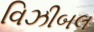
વિઝીબલ